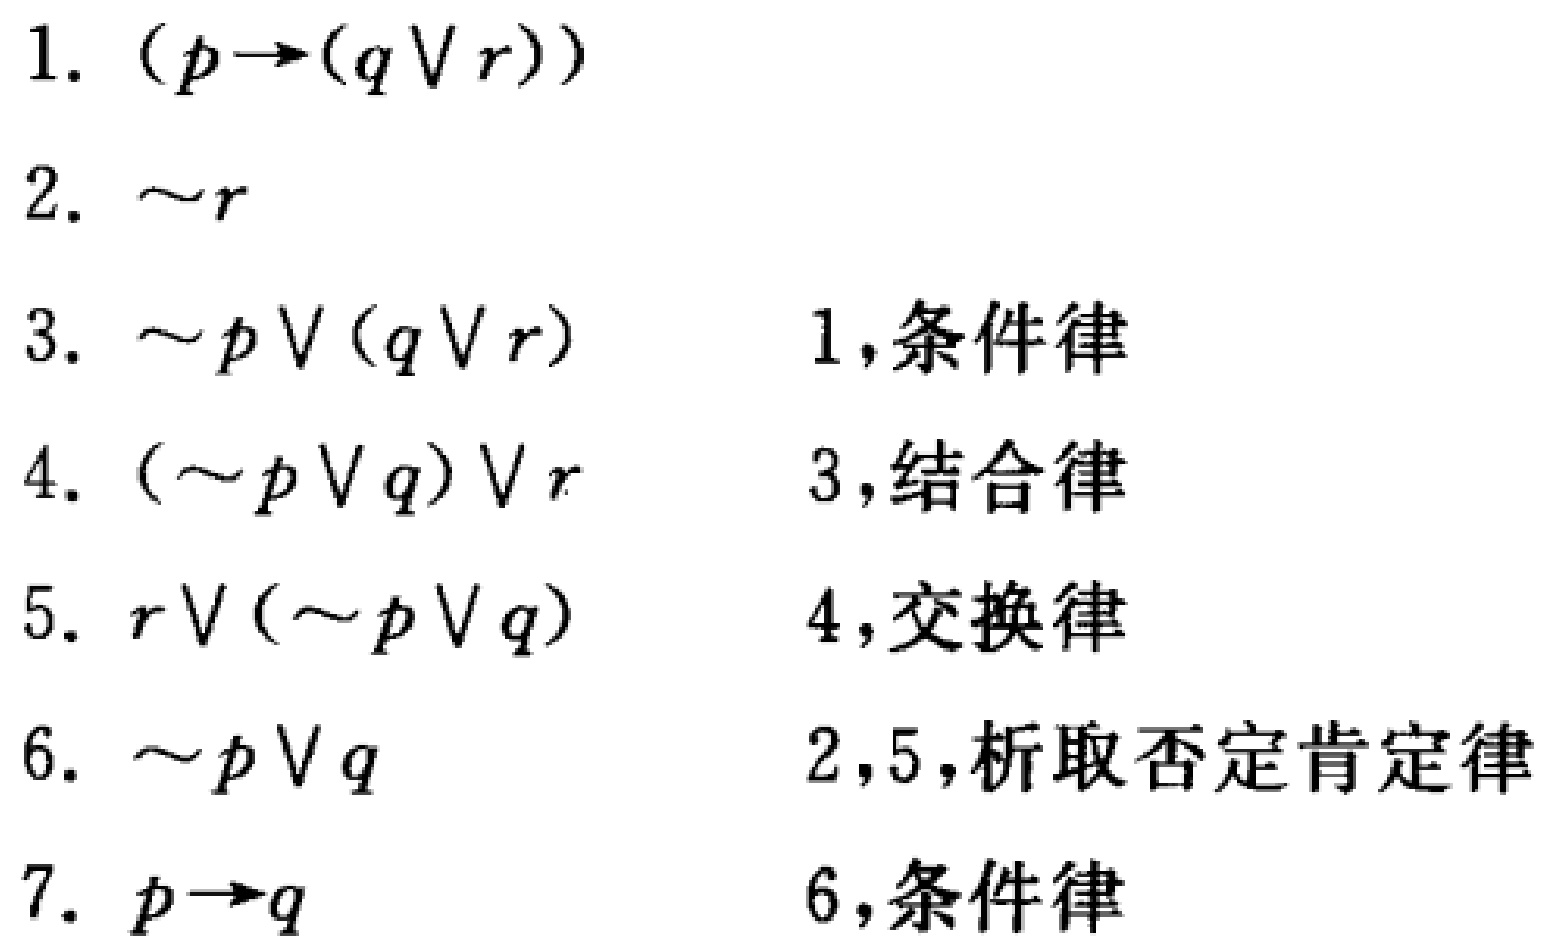
\begin{enumerate}
\item $(p\rightarrow(q\vee r))$
\item $\sim r$
\item $\sim p\vee(q\vee r)$ \hfill 1,条件律
\item $(\sim p\vee q)\vee r$ \hfill 3,结合律
\item $r\vee(\sim p\vee q)$ \hfill 4,交换律
\item $\sim p\vee q$ \hfill 2,5,析取否定肯定律
\item $p\rightarrow q$ \hfill 6,条件律
\end{enumerate}